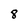
Character: 8